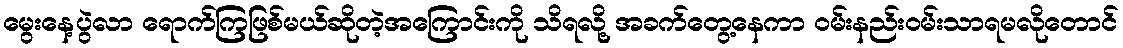
မွေးနေ့ပွဲလာ ရောက်ကြဖြစ်မယ်ဆိုတဲ့အကြောင်းကို သိရလို့ အခက်တွေ့နေကာ ဝမ်းနည်းဝမ်းသာရမလိုတောင်